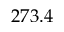
2 7 3 . 4